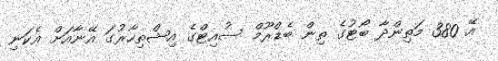
އޭ 380 މަތިންދާ ބޯޓުގެ ތިން ބެޑްރޫމް ސުއިޓްގެ އިޝްތިހާރުގަ އޭނާއަށް އެކަނި